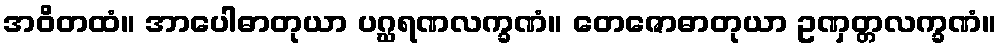
အဝိတထံ။ အာပေါဓာတုယာ ပဂ္ဃရဏလက္ခဏံ။ တေဇောဓာတုယာ ဥဏှတ္တလက္ခဏံ။